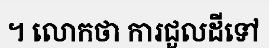
។ លោកថា ការជួលដីទៅ